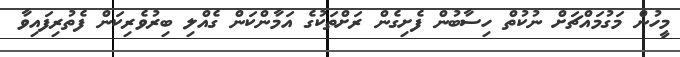
މީހުން މަގުމައްޗަށް ނުކުތް ހިސާބުން ފެށިގެން ރަށްތަކުގެ އަމާންކަން ގެއްލި ބިރުވެރިކަން ފެތުރިފައިވާ